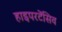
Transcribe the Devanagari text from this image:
हाइपरटेंसिव